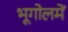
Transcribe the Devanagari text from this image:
भूगोलमें